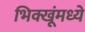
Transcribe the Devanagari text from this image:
भिक्खूंमध्ये